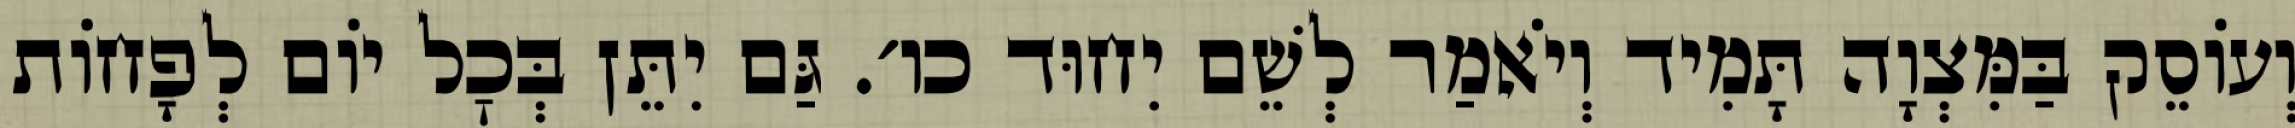
וְעוֹסֵק בַּמִּצְוָה תָּמִיד וְיֹאמַר לְשֵׁם יִחוּד כו׳. גַּם יִתֵּן בְּכׇל יוֹם לְפָחוֹת